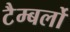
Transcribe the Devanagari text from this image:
टैम्बर्लो